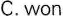
C.won